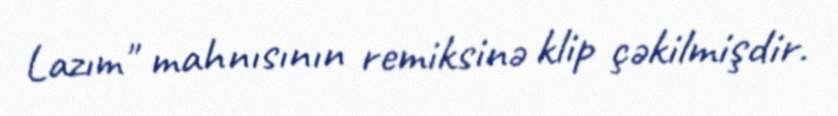
Lazım" mahnısının remiksinə klip çəkilmişdir.